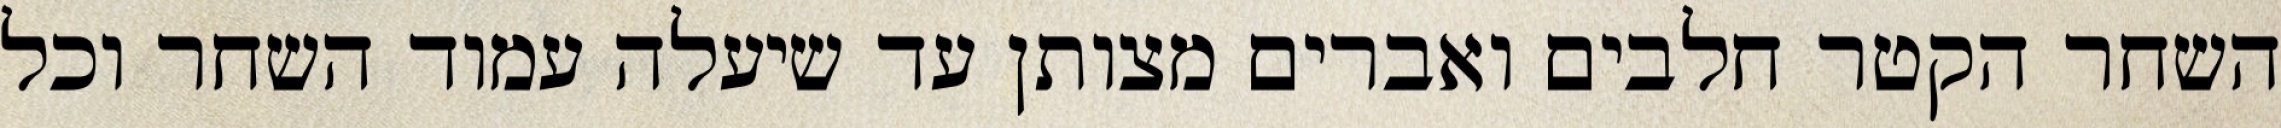
השחר הקטר חלבים ואברים מצותן עד שיעלה עמוד השחר וכל